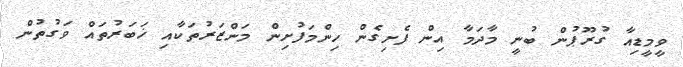
ވީމީޑިއާ ގުރޫޕުން ބުނީ މާދަމާ އިން ފެށިގެން ހިންމަފުށިން މަންޒަރުތަކާއި ޚަބަރުތައް ވަގުތުން